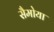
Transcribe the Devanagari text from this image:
सैमोया